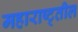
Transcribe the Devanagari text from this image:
महाराष्ट्तील